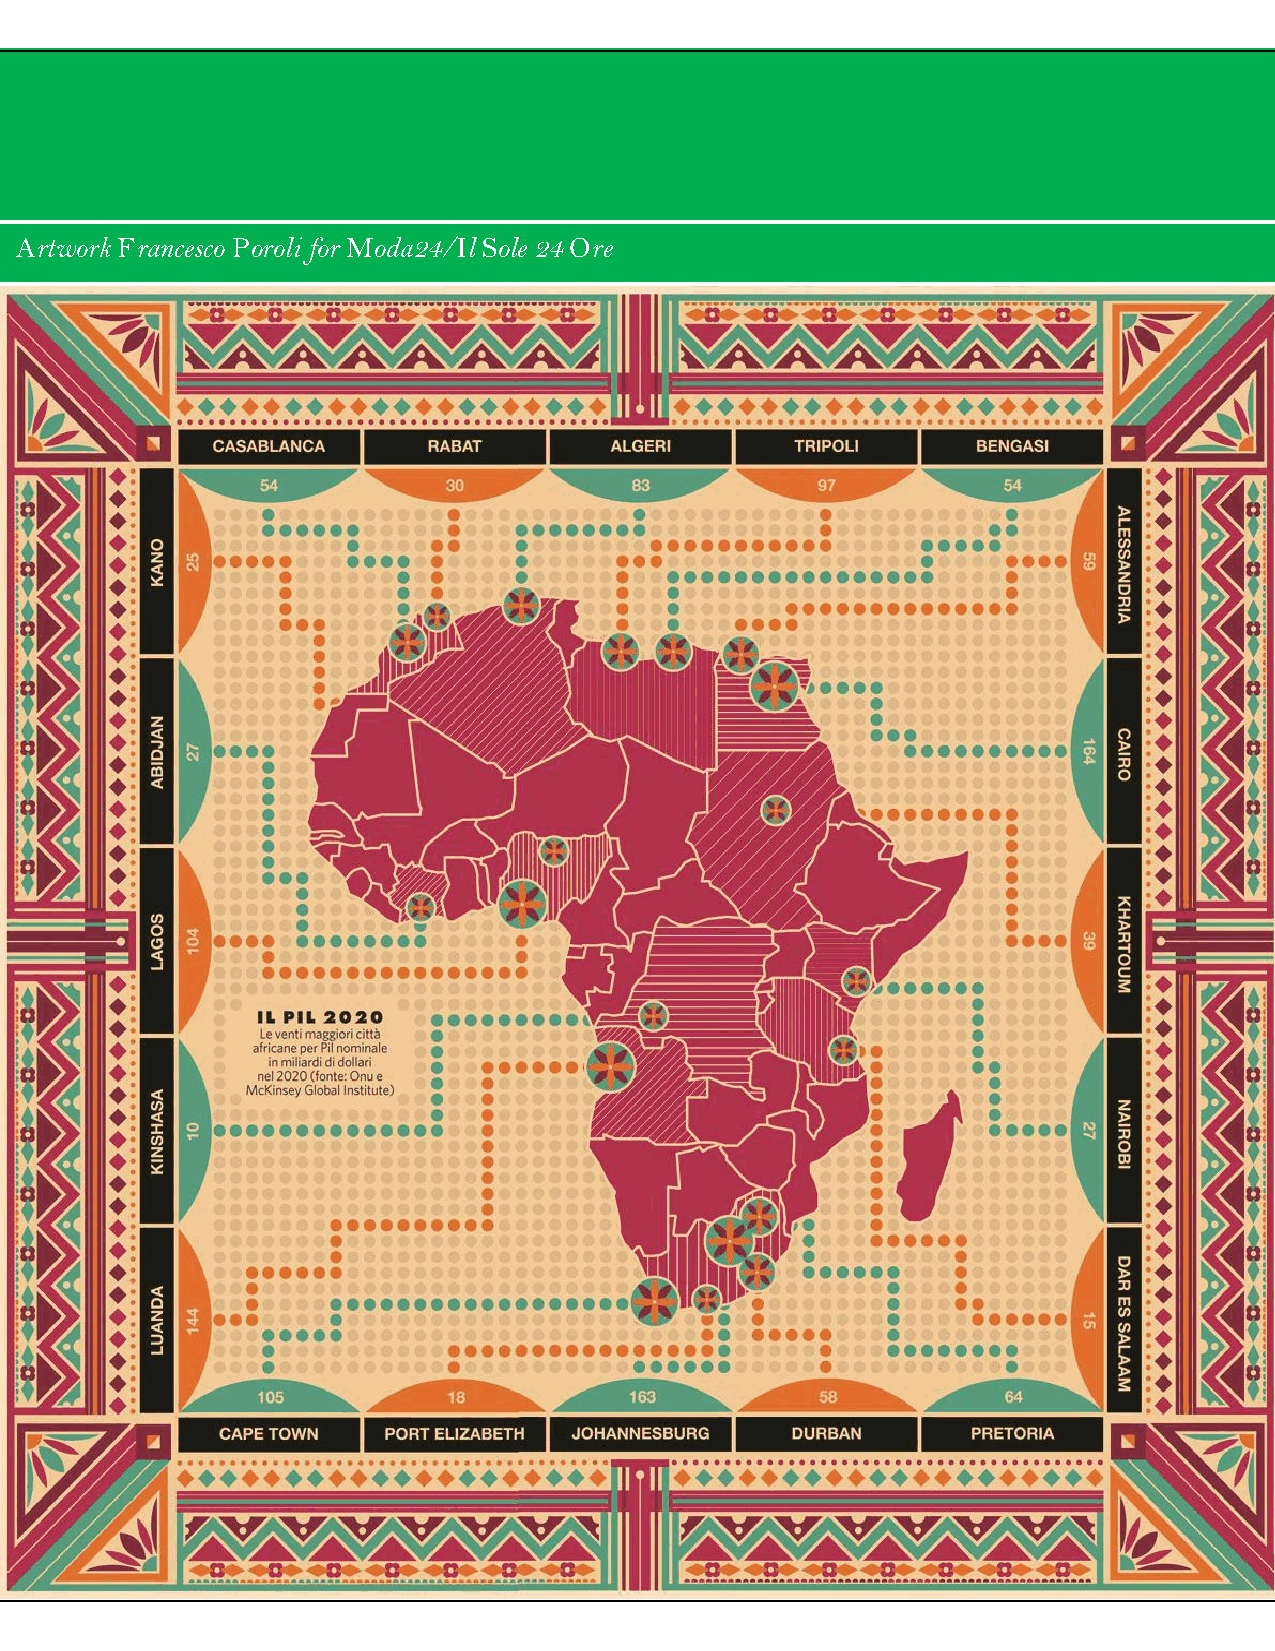
Artwork Francesco Poroli for Moda24/Il Sole 24 Ore
 Saraba | Issue 13 | Africa                                  116